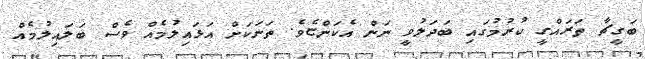
ބަގީޗާ ތަރައްގީ ކުރުމުގައި ބަދަލުވީ ނަން އެކަންޏެވެ. ތަނަކަށް އަޅައިލުމެއް ވެސް ބަލައިލުމެއް